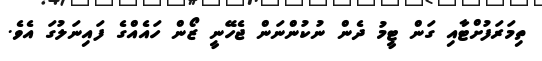
ތިމަރަފުށްޓާއި ގަން ޓީމު ދެން ނުކުންނަން ޖެހޭނީ ޒޯން ހައެއްގެ ފައިނަލުގަ އެވެ.